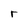
Character: r